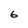
Character: 6